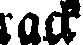
lack